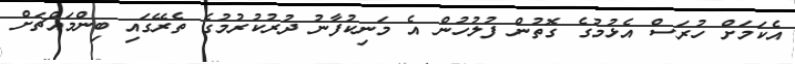
އެކަމަށް ހުރަސް އެޅުމުގެ ގޮތުން ފުލުހުން އެ މަނިކުފާނު ދުރުކުރުމުގެ ތެރޭގައި ބިންމައްޗަށް